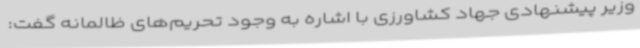
وزیر پیشنهادی جهاد کشاورزی با اشاره به وجود تحریم‌های ظالمانه گفت: